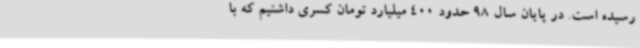
رسیده است. در پایان سال 98 حدود 400 میلیارد تومان کسری داشتیم که با